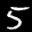
Label: 5